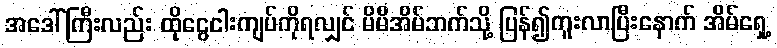
အဒေါ်ကြီးလည်း ထိုငွေငါးကျပ်ကိုရလျှင် မိမိအိမ်ဘက်သို့ ပြန်၍ကူးလာပြီးနောက် အိမ်ရှေ့